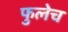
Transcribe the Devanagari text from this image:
फुलेच